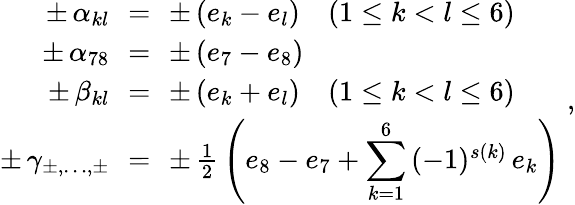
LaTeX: \begin{array}{rcl}{{\pm\, \alpha_{kl}\! \! }}&{{=}}&{{\! \! \pm\, (e_{k}-e_{l})\quad(1\leq k<l\leq 6)}}\\ {{\pm\, \alpha_{78}\! \! }}&{{=}}&{{\! \! \pm\, (e_{7}-e_{8})}}\\ {{\pm\, \beta_{kl}\! \! }}&{{=}}&{{\! \! \pm\, (e_{k}+e_{l})\quad(1\leq k<l\leq 6)}}\\ {{\pm\, \gamma_{\pm,\dots,\pm}\! \! }}&{{=}}&{{\! \! \pm\, {\frac{1}{2}}\left(e_{8}-e_{7}+{\displaystyle{\sum_{k=1}^{6}}}\, (-1)^{s(k)}\, e_{k}\right)}}\end{array}~,